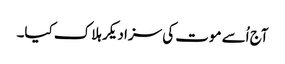
آج اُسے موت کی سزا دیکر ہلاک کیا۔